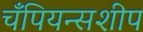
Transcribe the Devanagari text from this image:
चँपियन्सशीप